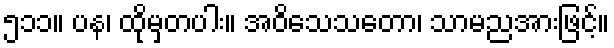
၅၁၁။ ပန၊ ထိုမှတပါး။ အဝိသေသတော၊ သာမညအားဖြင့်။